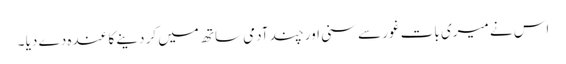
اس نے میری بات غور سے سنی اور چند آدمی ساتھ میں کر دینے کا عندہ دے دیا ۔